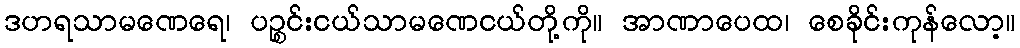
ဒဟရသာမဏေရေ၊ ပဉ္စင်းငယ်သာမဏေငယ်တို့ကို။ အာဏာပေထ၊ စေခိုင်းကုန်လော့။